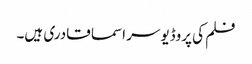
فلم کی پروڈیوسر اسما قادری ہیں۔